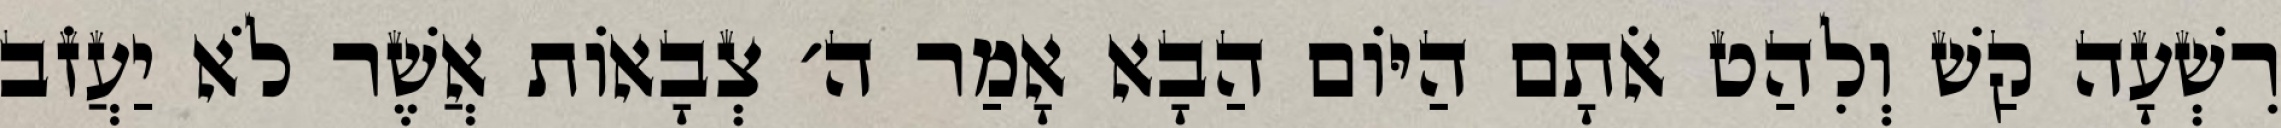
רִשְׁעָה קַשׁ וְלִהַט אֹתָם הַיּוֹם הַבָא אָמַר ה׳ צְבָאוֹת אֲשֶׁר לֹא יַעֲזֹב